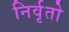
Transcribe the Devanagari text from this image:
निर्वृतो